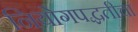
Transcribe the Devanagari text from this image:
नियोगपद्धतीचा